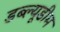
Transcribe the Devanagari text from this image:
डब्ल्यूडीम